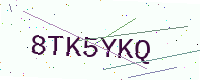
Text: 8TK5YKQ